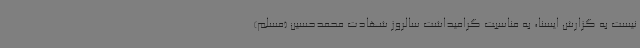
نیست به گزارش ایسنا، به مناسبت گرامیداشت سالروز شهادت محمدحسین (مسلم)